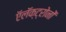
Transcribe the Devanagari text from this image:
ऍलॅक्ट्रोनों